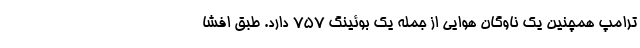
ترامپ همچنین یک ناوگان هوایی از جمله یک بوئینگ 757 دارد. طبق افشا